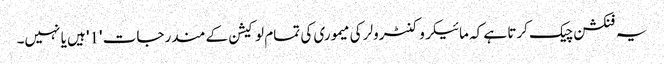
یہ فنکشن چیک کرتا ہے کہ مائیکروکنٹرولر کی میموری کی تمام لوکیشن کے مندرجات '1' ہیں یا نہیں۔